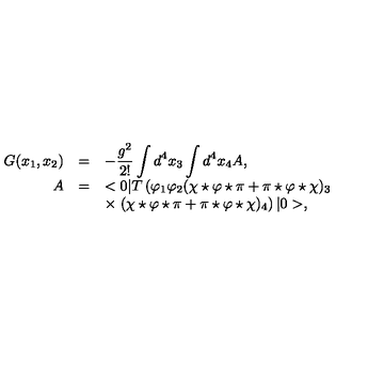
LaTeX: \begin{array} { r c l } { G ( x _ { 1 } , x _ { 2 } ) } & { = } & { \displaystyle - \frac { g ^ { 2 } } { 2 ! } \int d ^ { 4 } x _ { 3 } \int d ^ { 4 } x _ { 4 } A , } \\ { A } & { = } & { \displaystyle < 0 | T \left( \varphi _ { 1 } \varphi _ { 2 } ( \chi \star \varphi \star \pi + \pi \star \varphi \star \chi ) _ { 3 } \right. } \\ { } & { } & { \displaystyle \times \left. ( \chi \star \varphi \star \pi + \pi \star \varphi \star \chi ) _ { 4 } \right) | 0 > , } \\ \end{array}